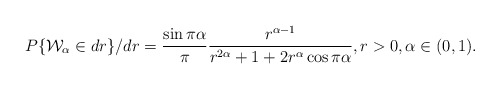
\begin{align*} P\{\mathcal{W}_{\alpha}\in dr\}/dr= \frac{\sin \pi \alpha}{\pi}\frac{r^{\alpha-1}}{r^{2\alpha}+1+2r^{\alpha} \cos \pi \alpha}, r>0, \alpha \in (0,1). \end{align*}